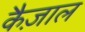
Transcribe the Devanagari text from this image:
कैज़ाल